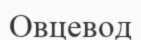
Овцевод